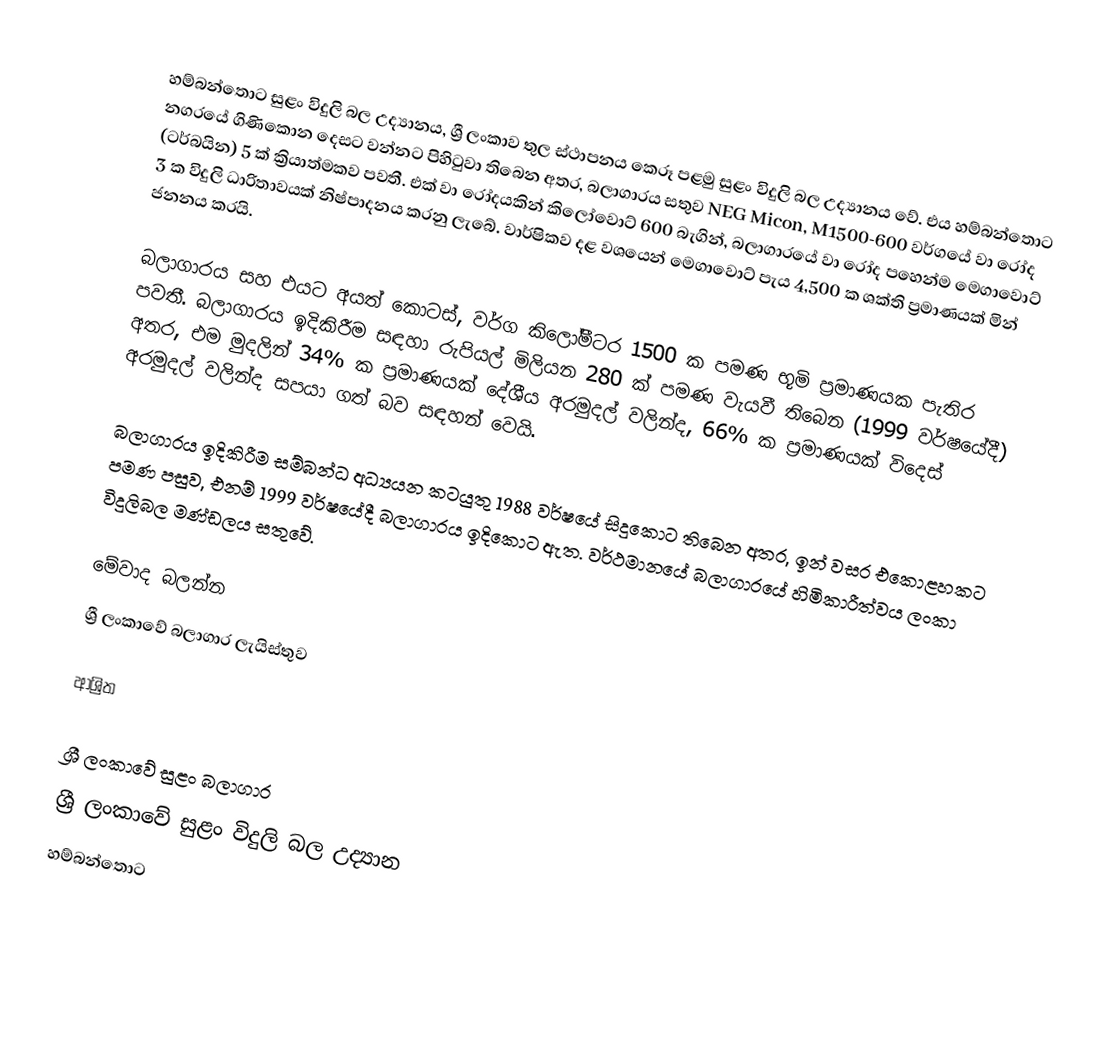
හම්බන්තොට සුළං විදුලි බල උද්‍යානය, ශ්‍රී ලංකාව තුල ස්ථාපනය කෙරූ පළමු සුළං විදුලි බල උද්‍යානය වේ. එය හම්බන්තොට නගරයේ ගිණිකොන දෙසට වන්නට පිහිටුවා තිබෙන අතර, බලාගාරය සතුව NEG Micon, M1500-600 වර්ගයේ වා රෝද (ටර්බයින) 5 ක් ක්‍රියාත්මකව පවතී. එක් වා රෝදයකින් කිලෝවොට් 600  බැගින්, බලාගාරයේ වා රෝද පහෙන්ම මෙගාවොට් 3 ක විදුලි ධාරිතාවයක් නිෂ්පාදනය කරනු ලැබේ. වාර්ෂිකව දළ වශයෙන් මෙගාවොට් පැය 4,500 ක ශක්ති ප්‍රමාණයක් මින් ජනනය කරයි.

බලාගාරය සහ එයට අයත් කොටස්, වර්ග කිලෝමීටර 1500 ක පමණ භූමි ප්‍රමාණයක පැතිර පවතී. බලාගාරය ඉදිකිරීම සඳහා රුපියල් මිලියන 280 ක් පමණ වැයවී තිබෙන (1999 වර්ෂයේදී) අතර, එම මුදලින් 34% ක ප්‍රමාණයක් දේශීය අරමුදල් වලින්ද, 66% ක ප්‍රමාණයක් විදෙස් අරමුදල් වලින්ද සපයා ගත් බව සඳහන් වෙයි.

බලාගාරය ඉදිකිරීම සම්බන්ධ අධ්‍යයන කටයුතු 1988 වර්ෂයේ සිදුකොට තිබෙන අතර, ඉන් වසර එකොළහකට පමණ පසුව, එනම් 1999 වර්ෂයේදී බලාගාරය ඉදිකොට ඇත. වර්ථමානයේ බලාගාරයේ හිමිකාරීත්වය ලංකා විදුලිබල මණ්ඩලය සතුවේ.

මේවාද බලන්න
 ශ්‍රී ලංකාවේ බලාගාර ලැයිස්තුව

ආශ්‍රිත

ශ්‍රී ලංකාවේ සුළං බලාගාර
ශ්‍රී ලංකාවේ සුළං විදුලි බල උද්‍යාන
හම්බන්තොට